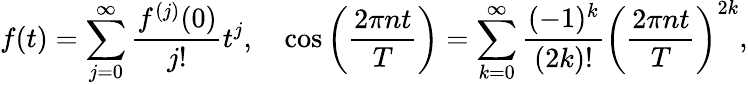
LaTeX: f(t)=\sum_{j=0}^{\infty}\frac{f^{(j)}(0)}{j!}t^{j},\quad\cos{\bigg(\frac{2\pi nt}{T}\bigg)}=\sum_{k=0}^{\infty}\frac{(-1)^{k}}{(2k)!}\bigg(\frac{2\pi nt}{T}\bigg)^{2k},